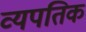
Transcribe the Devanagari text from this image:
व्यपतिक